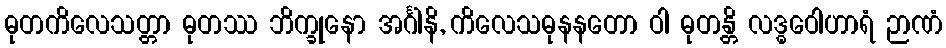
ဓုတကိလေသတ္တာ ဓုတဿ ဘိက္ခုနော အင်္ဂါနိ, ကိလေသဓုနနတော ဝါ ဓုတန္တိ လဒ္ဓဝေါဟာရံ ဉာဏံ